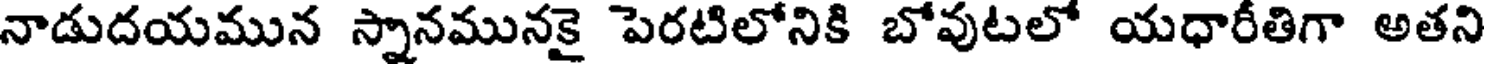
నాడుదయమున స్నానమునకై పెరటిలోనికి బోవుటలో యధారీతిగా అతని